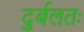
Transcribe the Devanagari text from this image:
दुर्बलतः